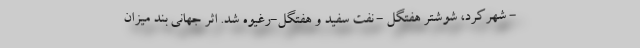
- شهرکرد، شوشتر هفتگل - نفت سفید و هفتگل-رغیوه شد. اثر جهانی بند میزان